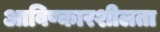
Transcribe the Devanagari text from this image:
आविष्कारशीलता